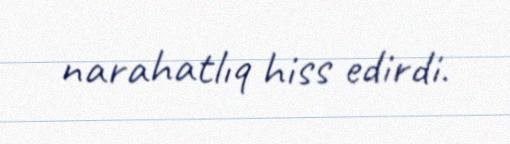
narahatlıq hiss edirdi.